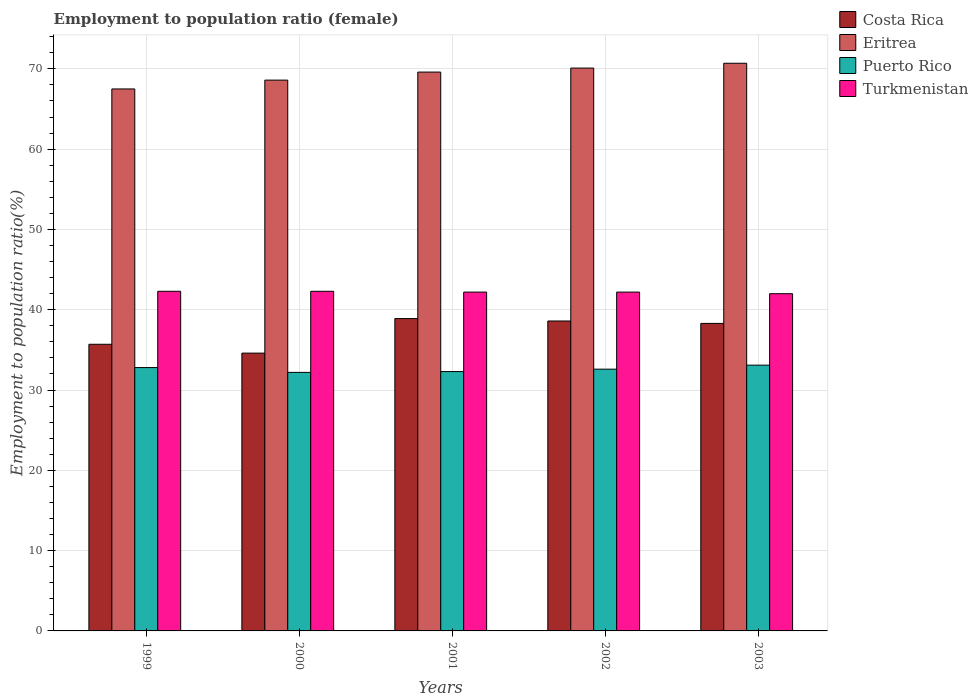
| Years | Costa Rica | Eritrea | Puerto Rico | Turkmenistan |
 | --- | --- | --- | --- | --- |
 | 1999 | 35.7 | 67.5 | 32.8 | 42.3 |
 | 2000 | 34.6 | 68.6 | 32.2 | 42.3 |
 | 2001 | 38.9 | 69.6 | 32.3 | 42.2 |
 | 2002 | 38.6 | 70.1 | 32.6 | 42.2 |
 | 2003 | 38.3 | 70.7 | 33.1 | 42 |